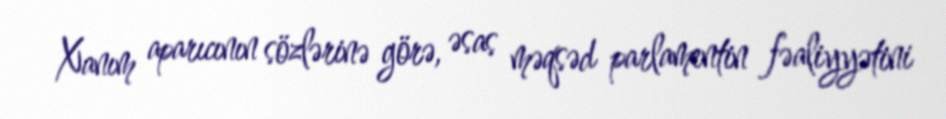
Xanım aparıcının sözlərinə görə, əsas məqsəd parlamentin fəaliyyətini